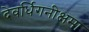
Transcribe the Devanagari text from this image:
देवर्धिगनीक्षमा